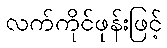
လက်ကိုင်ဖုန်းဖြင့်